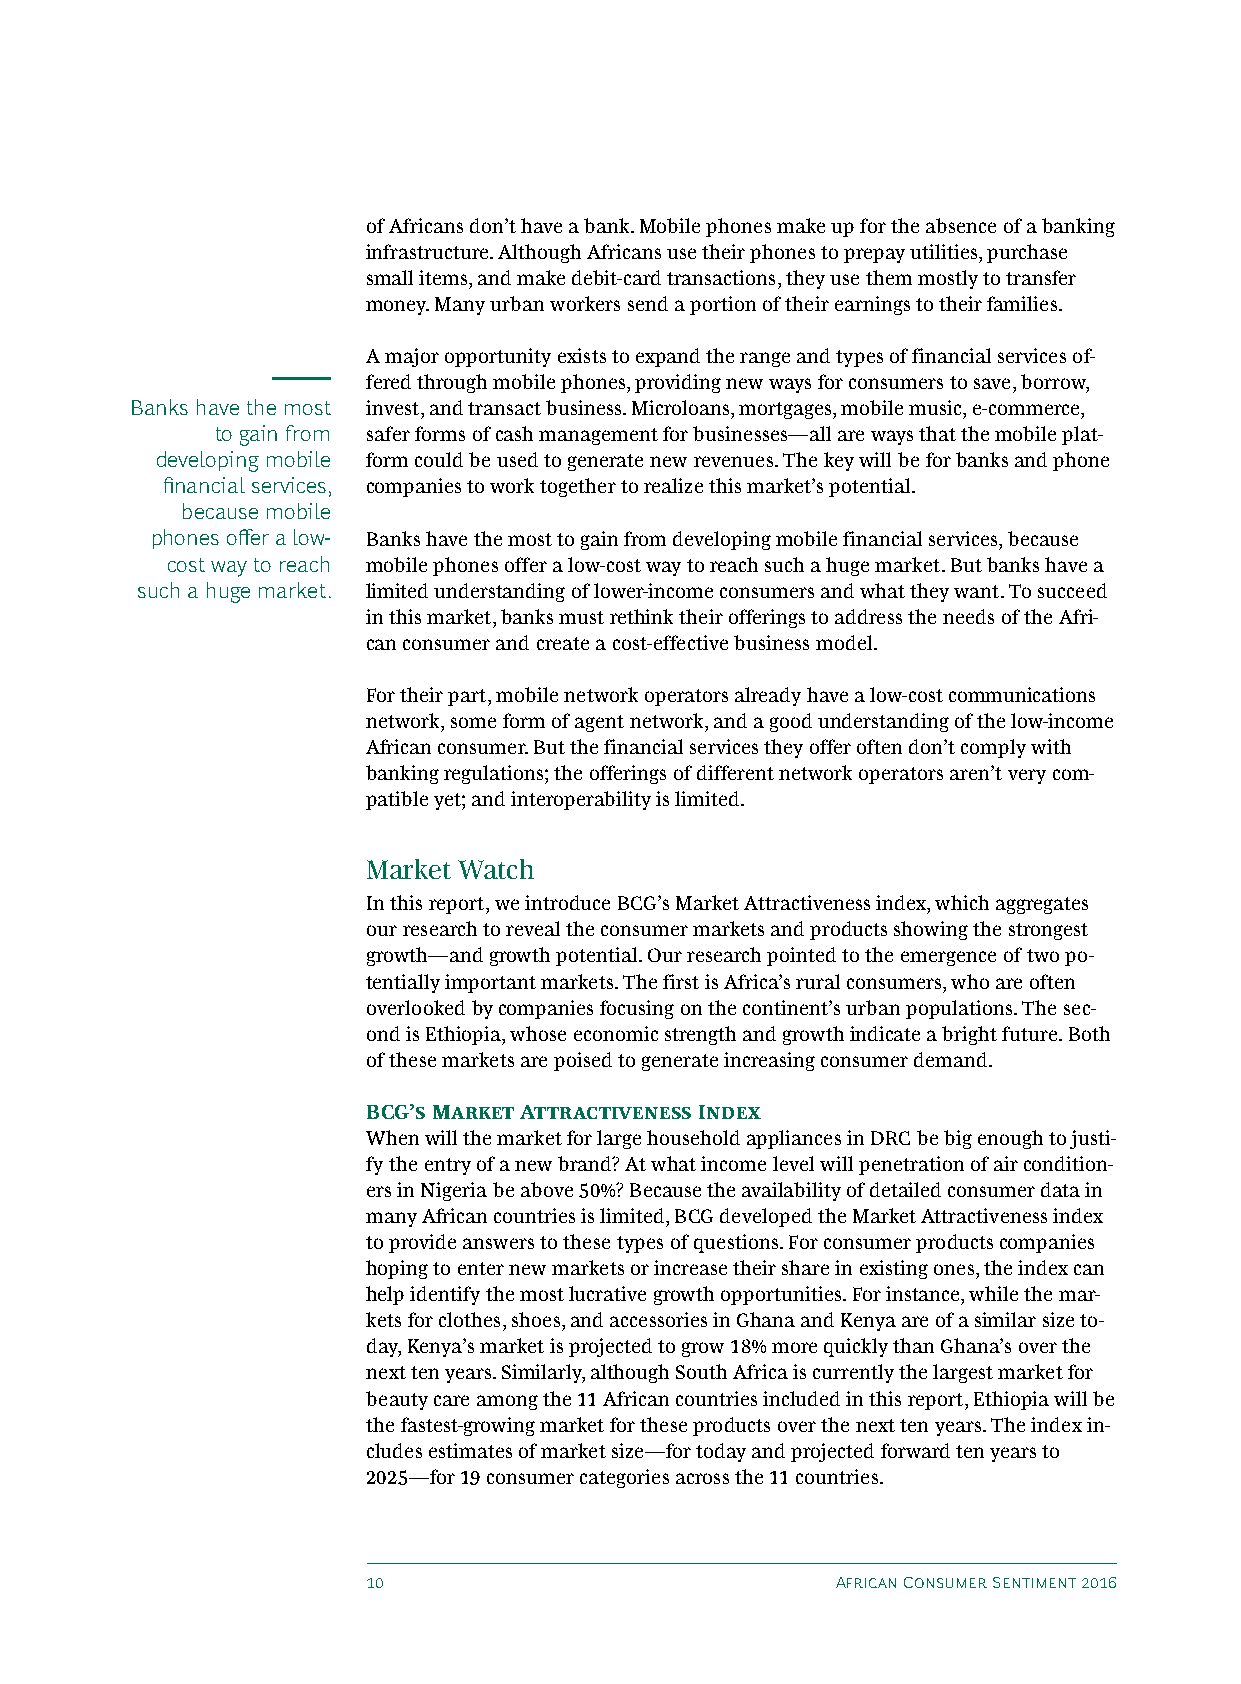
of Africans don’t have a bank. Mobile phones make up for the absence of a banking
 infrastructure. Although Africans use their phones to prepay utilities, purchase
 small items, and make debit-card transactions, they use them mostly to transfer
 money. Many urban workers send a portion of their earnings to their families.
 A major opportunity exists to expand the range and types of financial services of-
 fered through mobile phones, providing new ways for consumers to save, borrow,
 Banks have the most invest, and transact business. Microloans, mortgages, mobile music, e-commerce,
 to gain from safer forms of cash management for businesses—all are ways that the mobile plat-
 developing mobile form could be used to generate new revenues. The key will be for banks and phone
 financial services, companies to work together to realize this market’s potential.
 because mobile
 phones offer a low- Banks have the most to gain from developing mobile financial services, because
 cost way to reach mobile phones offer a low-cost way to reach such a huge market. But banks have a
 such a huge market. limited understanding of lower-income consumers and what they want. To succeed
 in this market, banks must rethink their offerings to address the needs of the Afri-
 can consumer and create a cost-effective business model.
 For their part, mobile network operators already have a low-cost communications
 network, some form of agent network, and a good understanding of the low-income
 African consumer. But the financial services they offer often don’t comply with
 banking regulations; the offerings of different network operators aren’t very com-
 patible yet; and interoperability is limited.
 Market Watch
 In this report, we introduce BCG’s Market Attractiveness index, which aggregates
 our research to reveal the consumer markets and products showing the strongest
 growth—and growth potential. Our research pointed to the emergence of two po-
 tentially important markets. The first is Africa’s rural consumers, who are often
 overlooked by companies focusing on the continent’s urban populations. The sec-
 ond is Ethiopia, whose economic strength and growth indicate a bright future. Both
 of these markets are poised to generate increasing consumer demand.
 BCG’s Market Attractiveness Index
 When will the market for large household appliances in DRC be big enough to justi-
 fy the entry of a new brand? At what income level will penetration of air condition-
 ers in Nigeria be above 50%? Because the availability of detailed consumer data in
 many African countries is limited, BCG developed the Market Attractiveness index
 to provide answers to these types of questions. For consumer products companies
 hoping to enter new markets or increase their share in existing ones, the index can
 help identify the most lucrative growth opportunities. For instance, while the mar-
 kets for clothes, shoes, and accessories in Ghana and Kenya are of a similar size to-
 day, Kenya’s market is projected to grow 18% more quickly than Ghana’s over the
 next ten years. Similarly, although South Africa is currently the largest market for
 beauty care among the 11 African countries included in this report, Ethiopia will be
 the fastest-growing market for these products over the next ten years. The index in-
 cludes estimates of market size—for today and projected forward ten years to
 2025—for 19 consumer categories across the 11 countries.
 10                             African Consumer Sentiment 2016